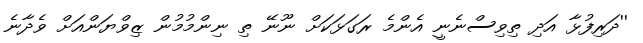
''ދަރިފުޅާ އަދި ތިވިސްނެނީ އެންމެ ރަގަޅަކަށް ނޫނޭ ތި ނިންމުމުން ޒިވްޔަންއަށް ވެދާނެ